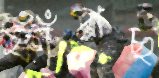
ফাঁপছ